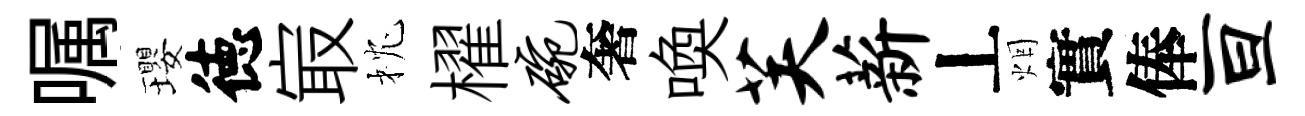
嘱瓔徳㝡枕櫂碗奢喚芙薪丄烟實俸亘